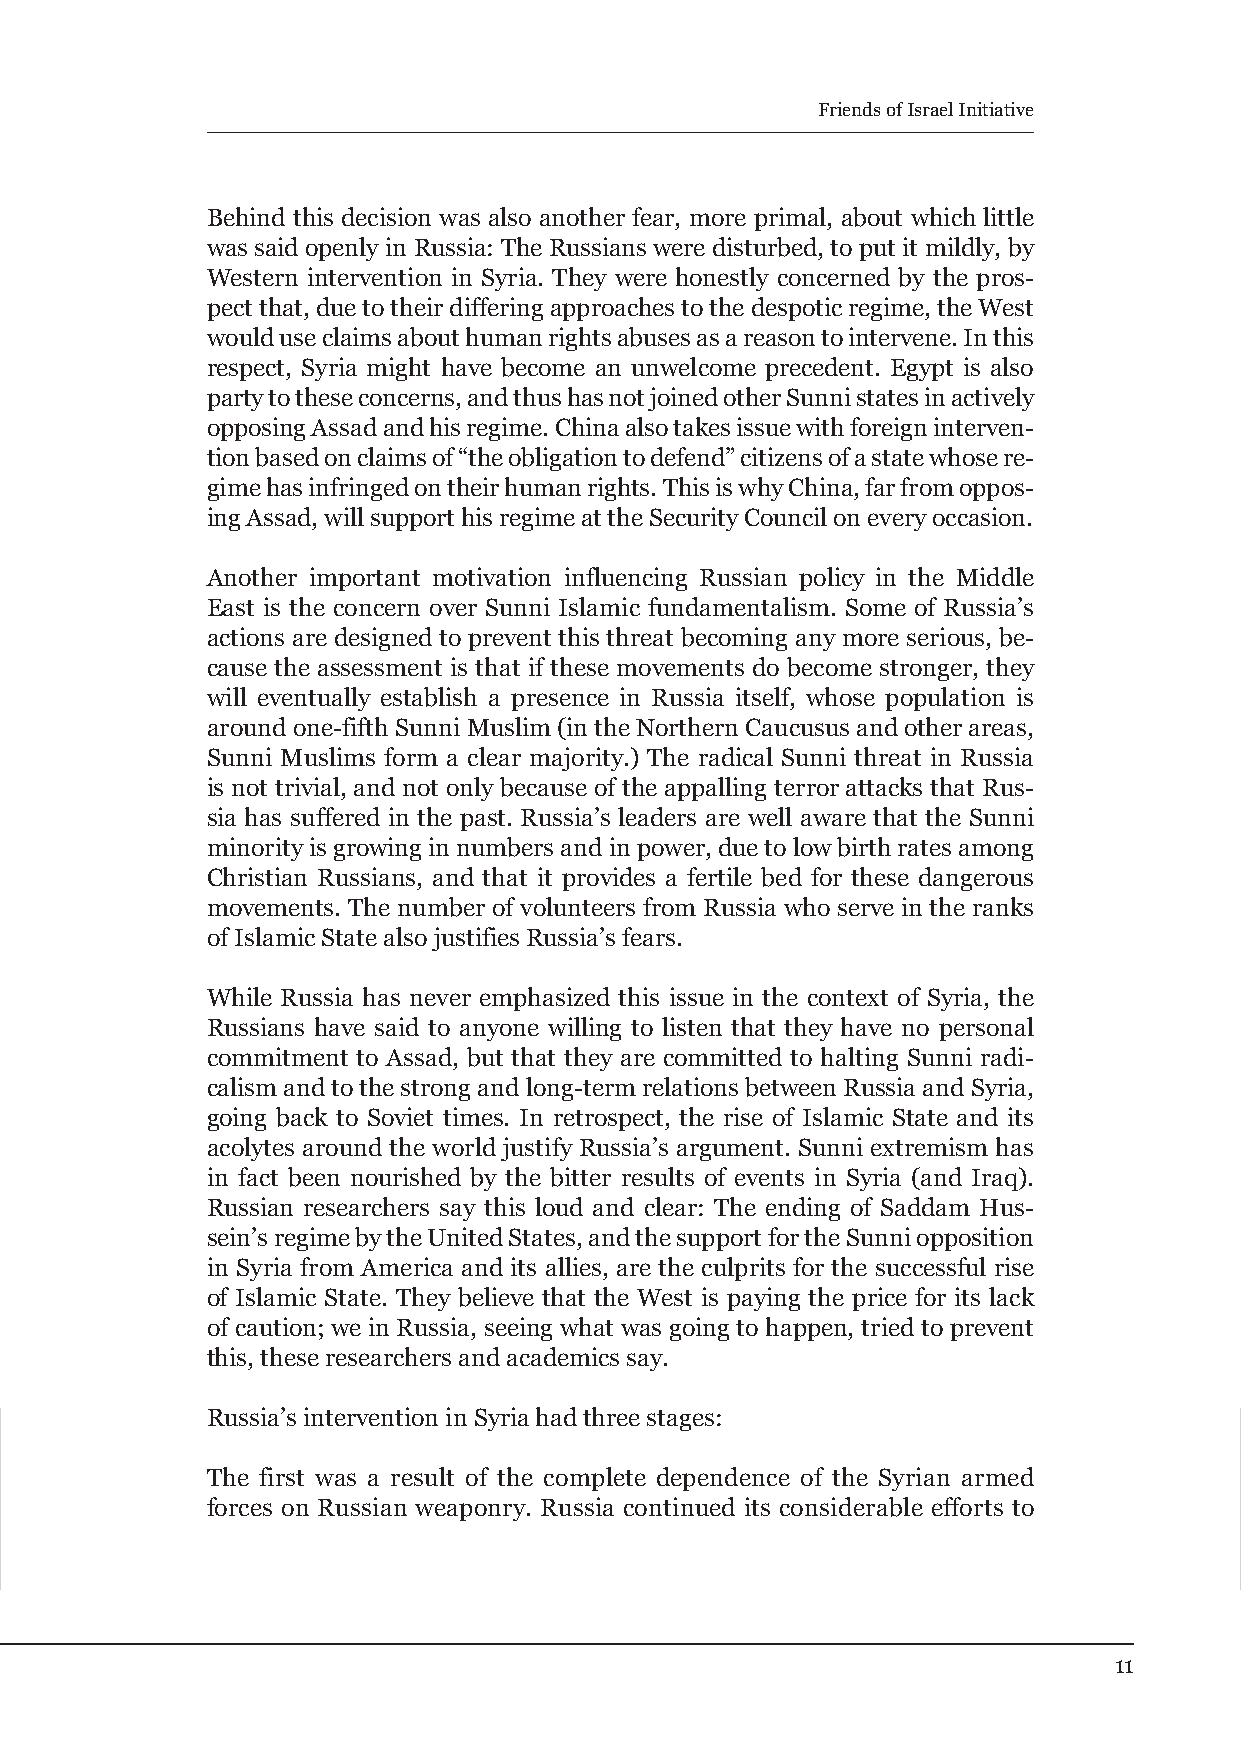
Friends of Israel Initiative
 Behind this decision was also another fear, more primal, about which little
 was said openly in Russia: The Russians were disturbed, to put it mildly, by
 Western intervention in Syria. They were honestly concerned by the pros-
 pect that, due to their differing approaches to the despotic regime, the West
 would use claims about human rights abuses as a reason to intervene. In this
 respect, Syria might have become an unwelcome precedent. Egypt is also
 party to these concerns, and thus has not joined other Sunni states in actively
 opposing Assad and his regime. China also takes issue with foreign interven-
 tion based on claims of “the obligation to defend” citizens of a state whose re-
 gime has infringed on their human rights. This is why China, far from oppos-
 ing Assad, will support his regime at the Security Council on every occasion.
 Another important motivation influencing Russian policy in the Middle
 East is the concern over Sunni Islamic fundamentalism. Some of Russia’s
 actions are designed to prevent this threat becoming any more serious, be-
 cause the assessment is that if these movements do become stronger, they
 will eventually establish a presence in Russia itself, whose population is
 around one-fifth Sunni Muslim (in the Northern Caucusus and other areas,
 Sunni Muslims form a clear majority.) The radical Sunni threat in Russia
 is not trivial, and not only because of the appalling terror attacks that Rus-
 sia has suffered in the past. Russia’s leaders are well aware that the Sunni
 minority is growing in numbers and in power, due to low birth rates among
 Christian Russians, and that it provides a fertile bed for these dangerous
 movements. The number of volunteers from Russia who serve in the ranks
 of Islamic State also justifies Russia’s fears.
 While Russia has never emphasized this issue in the context of Syria, the
 Russians have said to anyone willing to listen that they have no personal
 commitment to Assad, but that they are committed to halting Sunni radi-
 calism and to the strong and long-term relations between Russia and Syria,
 going back to Soviet times. In retrospect, the rise of Islamic State and its
 acolytes around the world justify Russia’s argument. Sunni extremism has
 in fact been nourished by the bitter results of events in Syria (and Iraq).
 Russian researchers say this loud and clear: The ending of Saddam Hus-
 sein’s regime by the United States, and the support for the Sunni opposition
 in Syria from America and its allies, are the culprits for the successful rise
 of Islamic State. They believe that the West is paying the price for its lack
 of caution; we in Russia, seeing what was going to happen, tried to prevent
 this, these researchers and academics say.
 Russia’s intervention in Syria had three stages:
 The first was a result of the complete dependence of the Syrian armed
 forces on Russian weaponry. Russia continued its considerable efforts to
 11